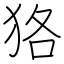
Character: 狢